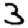
Digit: 3